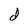
Character: d